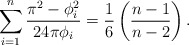
\begin{align*}\sum_{i=1}^n \frac{\pi^2- \phi_i^2}{24 \pi \phi_i}=\frac{1}{6} \left(\frac{n-1}{n-2}\right).\end{align*}